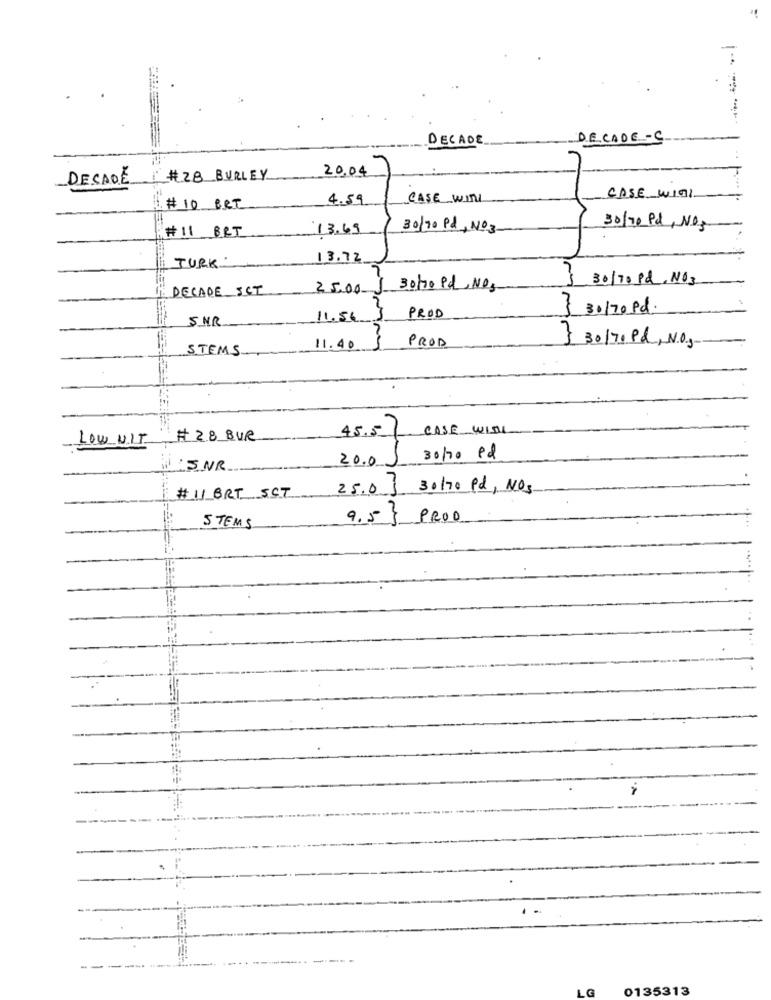
DECADE
DECADE-C
20.04
DECADE
#28 BURLEY
4.59
CASE WITH
CASE WITH
# 10 BET
13.69
30/70 Pd, NO3
30/70 Pd, NO3
#11 BRT
JURK
13.72
3 30/70 Pd, NO3
DECADE SCT
25.00 1
30/70 Pd, NO.
3 30/70 Pd.
5 MR
11.54
PROD
PROD
STEMS
11.40
1 30/70 Pd, NO.
45.5)
CASE WITH
LOW NIT
# 28 BUR
20.0
30/70 Pd
:5 NR.
25.03
30/70 Pd, NO3
# 11 BRT SCT
STEMS
9.55
PRO0
LG
0135313